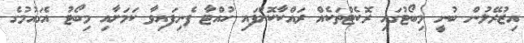
އިޒުރޭލުން ބުނީ މިބޯޓުގައި ރޮކެޓްތަކެއް ރައްކާކޮށްފައި ހުއްޓާ ފެނިފައިވާ ކަމަށާއި މިބޯޓު އެގައުމުގެ